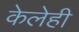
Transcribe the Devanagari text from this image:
केलेही